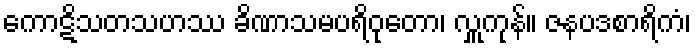
ကောဋိသတသဟဿ ခိဏာသမပရိဝုတော၊ လှူကုန်။ ဇနပဒစာရိကံ၊